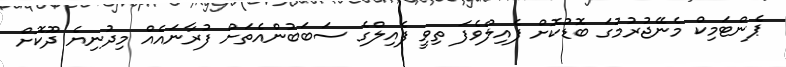
ޕެންޓަމިކް މެނޭޖުރުމުގަ ބޮޑުކޮށް ފެއިލްވެފަ ތިވީ ފެއިލްގެ ސަބަބުންއެތަށް ފުރާނައެއް މިދުނިޔެ ދޫކޮށް